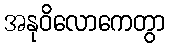
အနုဝိလောကေတွာ